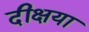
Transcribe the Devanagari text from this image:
दीक्षया